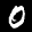
Label: 0